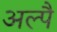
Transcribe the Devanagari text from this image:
अल्पै